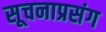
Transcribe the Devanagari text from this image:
सूचनाप्रसंग